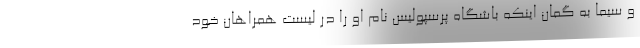
و سیما به گمان اینکه باشگاه پرسپولیس نام او را در لیست همراهان خود